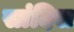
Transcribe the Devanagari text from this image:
सांदिस